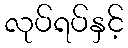
လုပ်ရပ်နှင့်